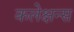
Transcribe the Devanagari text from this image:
कलेक्षन्स